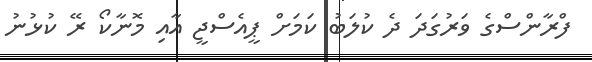
ފްރާންސްގެ ވަރުގަދަ ދެ ކުލަބު ކަމަށް ޕީއެސްޖީ އާއި މޮނާކޯ ރޭ ކުޅުނު